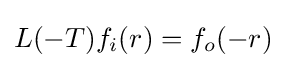
L(-T)f_{i}(r)=f_{o}(-r)